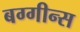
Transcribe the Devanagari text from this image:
बग्गीन्स